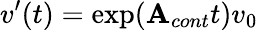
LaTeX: v^{\prime}(t)=\exp({\mathbf{A}_{cont}t})v_{0}